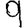
Digit: 9